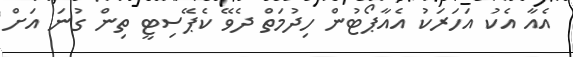
އެއާ އެކު އަހަރަކު އެއާޕޯޓުން ހިދުމަތް ދެވޭ ކެޕޭސިޓީ ތިން ގުނަ އަށް